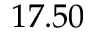
1 7 . 5 0